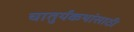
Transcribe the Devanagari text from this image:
चातुर्यकथांसाठी